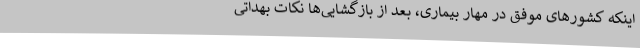
اینکه کشورهای موفق در مهار بیماری، بعد از بازگشایی‌ها نکات بهداتی